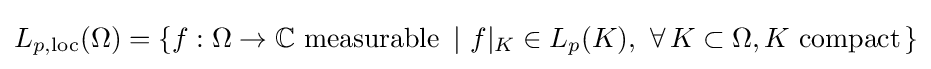
L_{p,\mathrm {loc} }(\Omega )=\left\{f:\Omega \to \mathbb {C} {\text{ measurable }}\left|\ f|_{K}\in L_{p}(K),\ \forall \,K\subset \Omega ,K{\text{ compact}}\right.\right\}